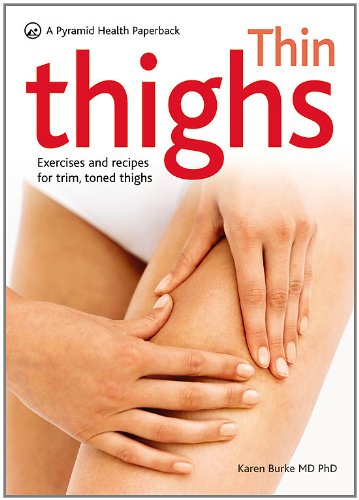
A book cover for Thin Thighs: A Pyramid Health Paperback (Pyramid Health Paperbacks); Karen Burke; Health, Fitness & Dieting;